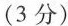
(3分)